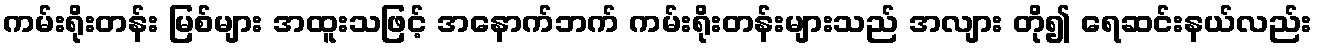
ကမ်းရိုးတန်း မြစ်များ အထူးသဖြင့် အနောက်ဘက် ကမ်းရိုးတန်းများသည် အလျား တို၍ ရေဆင်းနယ်လည်း